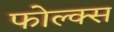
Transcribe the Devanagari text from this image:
फोल्क्स